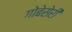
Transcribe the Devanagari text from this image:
गोबेसेरी